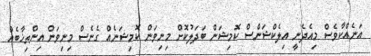
އަނެއްކާވެސް މިއެދެނީ އިލެކްޝަންސް ކޮމިޝަން ބަދަލުކޮށް މިނިވަން ކޮމިޝަނެއް ގެނެސް މިނިވަން އިންތިޚާބެއް